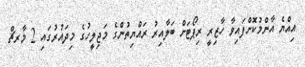
އިއްޔެ އާންމުކޮށްފައިވާ ހާޒިރީ ރިޕޯޓަށް ބަލާއިރު ރައްޔިތުންގެ މަޖިލީހުގެ މިދައުރުގައި 2 މާރޗް